Indian journal of veterinary science and animal husbandry - Volume 11,
Year: 1941
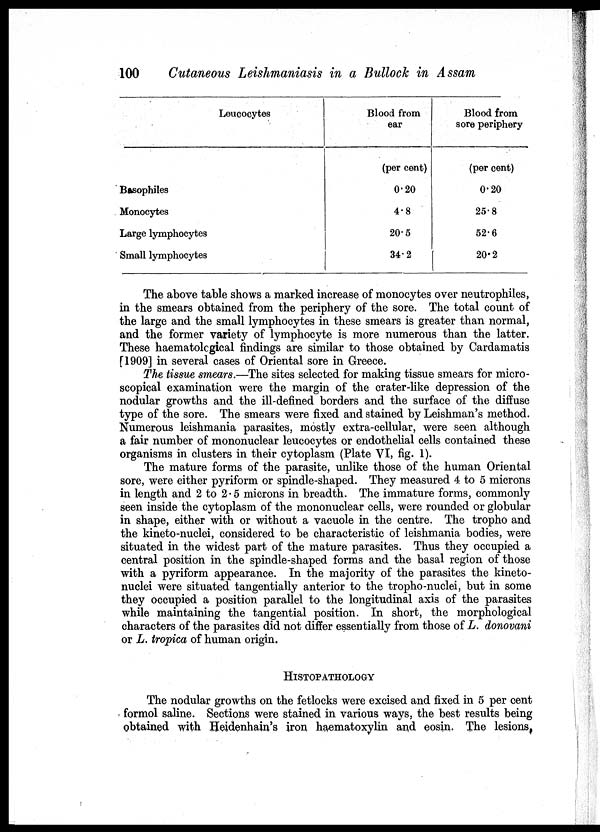
100
Cutaneous Leishmaniasis in a Bullock in Assam
Leucocytes
Basophiles
Monocytes
Large lymphocytes
Small lymphocytes
Blood from
ear
(per cent)
0.20
4.8
20.5
34.2
Blood from
sore periphery
(per cent)
0.20
25.8
52.6
20.2
The above table shows a marked increase of monocytes over neutrophiles,
in the smears obtained from the periphery of the sore. The total count of
the large and the small lymphocytes in these smears is greater than normal,
and the former variety of lymphocyte is more numerous than the latter.
These haematological findings are similar to those obtained by Cardamatis
[1909] in several cases of Oriental sore in Greece.
The tissue smears.—The sites selected for making tissue smears for micro-
scopical examination were the margin of the crater-like depression of the
nodular growths and the ill-defined borders and the surface of the diffuse
type of the sore. The smears were fixed and stained by Leishman's method.
Numerous leishmania parasites, mostly extra-cellular, were seen although
a fair number of mononuclear leucocytes or endothelial cells contained these
organisms in clusters in their cytoplasm (Plate VI, fig. 1).
The mature forms of the parasite, unlike those of the human Oriental
sore, were either pyriform or spindle-shaped. They measured 4 to 5 microns
in length and 2 to 2.5 microns in breadth. The immature forms, commonly
seen inside the cytoplasm of the mononuclear cells, were rounded or globular
in shape, either with or without a vacuole in the centre. The tropho and
the kineto-nuclei, considered to be characteristic of leishmania bodies, were
situated in the widest part of the mature parasites. Thus they occupied a
central position in the spindle-shaped forms and the basal region of those
with a pyriform appearance. In the majority of the parasites the kineto¬
nuclei were situated tangentially anterior to the tropho-nuclei, but in some
they occupied a position parallel to the longitudinal axis of the parasites
while maintaining the tangential position. In short, the morphological
characters of the parasites did not differ essentially from those of L. donovani
or L. tropica of human origin.
HISTOPATHOLOGY
The nodular growths on the fetlocks were excised and fixed in 5 per cent
formol saline. Sections were stained in various ways, the best results being
obtained with Heidenhain's iron haematoxylin and eosin. The lesions.